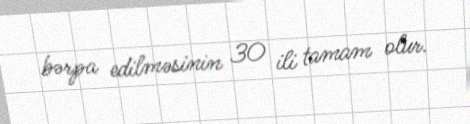
bərpa edilməsinin 30 ili tamam olur.